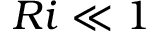
R i \ll 1